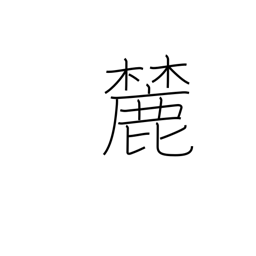
Meaning: foot of a mountain